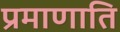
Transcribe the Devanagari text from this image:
प्रमाणाति